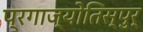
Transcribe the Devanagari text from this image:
प्रगाज्योतिस्पुर्